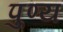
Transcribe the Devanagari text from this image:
पु्ण्य